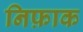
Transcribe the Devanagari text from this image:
निफ़ाक